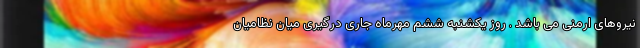
نیروهای ارمنی می باشد . روز یکشنبه ششم مهرماه جاری درگیری میان نظامیان